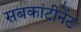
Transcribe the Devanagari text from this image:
सबकांटीनेंट